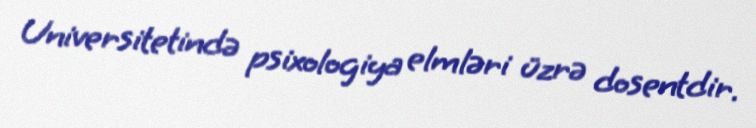
Universitetində psixologiya elmləri üzrə dosentdir.